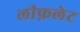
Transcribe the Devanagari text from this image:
लीफ़लेट